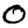
Digit: 0